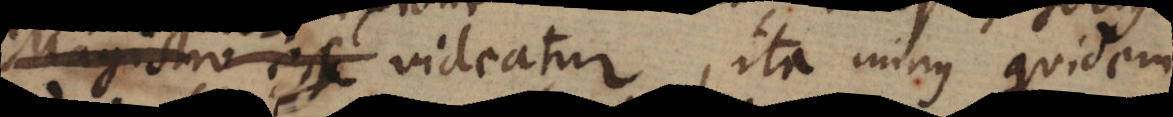
Magistro esse videatur, ita minus quidem